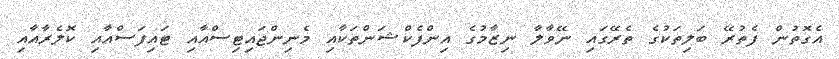
އެގޮތުން ފެތުރޭ ބަލިތަކުގެ ތެރޭގައި ނޭވާލާ ނިޒާމުގެ އިންފެކްޝަންތަކާއި މެނިންޖައިޓިސްއާއި ޓައިފަސްއާއި ކޮލެރާއާއި